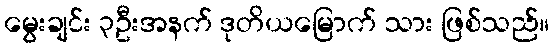
မွေးချင်း ၃ဦးအနက် ဒုတိယမြောက် သား ဖြစ်သည်။